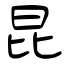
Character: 昆